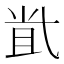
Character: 𡭶